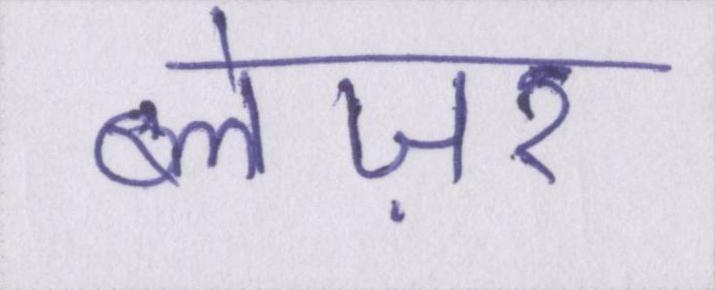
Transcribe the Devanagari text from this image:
ब्लेज़र